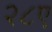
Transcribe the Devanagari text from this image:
२८ए